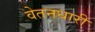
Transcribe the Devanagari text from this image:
वेतनधारी